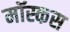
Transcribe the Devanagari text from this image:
मॉस्कस